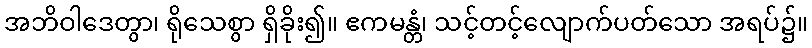
အဘိဝါဒေတွာ၊ ရိုသေစွာ ရှိခိုး၍။ ဧကမန္တံ၊ သင့်တင့်လျောက်ပတ်သော အရပ်၌။